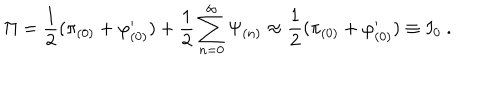
{ \Pi } = \frac { 1 } { 2 } ( \pi _ { ( 0 ) } + \varphi _ { ( 0 ) } ^ { \prime } ) + \frac { 1 } { 2 } \sum _ { n = 0 } ^ { \infty } { \Psi } _ { ( n ) } \approx \frac { 1 } { 2 } ( \pi _ { ( 0 ) } + \varphi _ { ( 0 ) } ^ { \prime } ) \equiv I _ { 0 } \ .